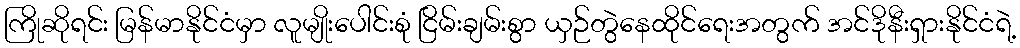
ကြိုဆိုရင်း မြန်မာနိုင်ငံမှာ လူမျိုးပေါင်းစုံ ငြိမ်းချမ်းစွာ ယှဉ်တွဲနေထိုင်ရေးအတွက် အင်ဒိုနီးရှားနိုင်ငံရဲ့